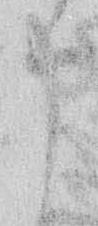
申